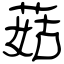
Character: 菇